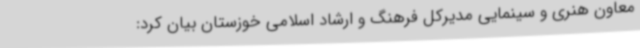
معاون هنری و سینمایی مدیرکل فرهنگ و ارشاد اسلامی خوزستان بیان کرد: